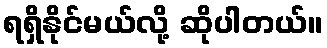
ရရှိနိုင်မယ်လို့ ဆိုပါတယ်။